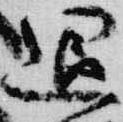
退